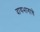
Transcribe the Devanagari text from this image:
दायभागाचे